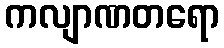
ကလျာဏတရော